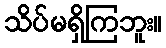
သိပ်မရှိကြဘူး။